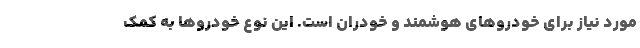
مورد نیاز برای خودروهای هوشمند و خودران است. این نوع خودروها به کمک